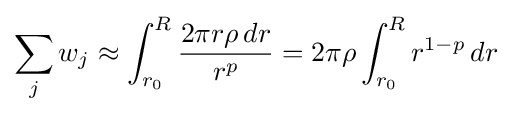
\sum _{j}w_{j}\approx \int _{r_{0}}^{R}{\frac {2\pi r\rho \,dr}{r^{p}}}=2\pi \rho \int _{r_{0}}^{R}r^{1-p}\,dr